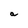
Character: a